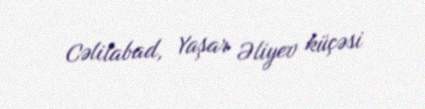
Cəlilabad, Yaşar Əliyev küçəsi